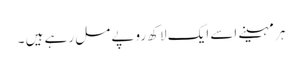
ہر مہینے اسے ایک لاکھ روپے مل رہے ہیں ۔